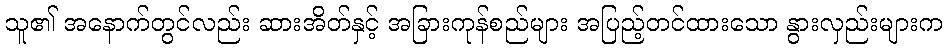
သူ၏ အနောက်တွင်လည်း ဆားအိတ်နှင့် အခြားကုန်စည်များ အပြည့်တင်ထားသော နွားလှည်းများက